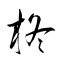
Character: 柊